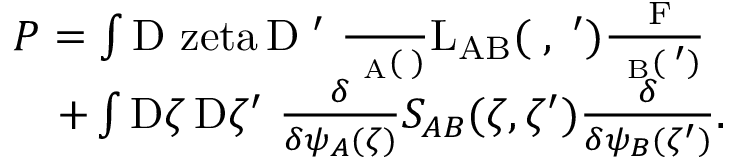
\begin{array} { r l } & { \cal { P } = \int \mathrm { D \ z e t a } \, { \mathrm { D } \zeta ^ { \prime } } \ \frac { \delta } { \delta \psi _ { A } ( \zeta ) } \cal { L } _ { A B } ( \zeta , \zeta ^ { \prime } ) \frac { \delta \cal { F } } { \delta \psi _ { B } ( \zeta ^ { \prime } ) } } \\ & { \quad + \int { \mathrm { D } \zeta } \, { \mathrm { D } \zeta ^ { \prime } } \ \frac { \delta } { \delta \psi _ { A } ( \zeta ) } \cal { S } _ { A B } ( \zeta , \zeta ^ { \prime } ) \frac { \delta } { \delta \psi _ { B } ( \zeta ^ { \prime } ) } . } \end{array}